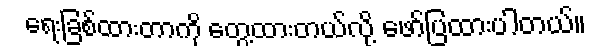
ရေးခြစ်ထားတာကို တွေ့ထားတယ်လို့ ဖော်ပြထားပါတယ်။